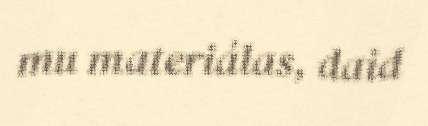
mu materiálas, daid